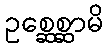
ဥစ္ဆေစ္ဆာမိ